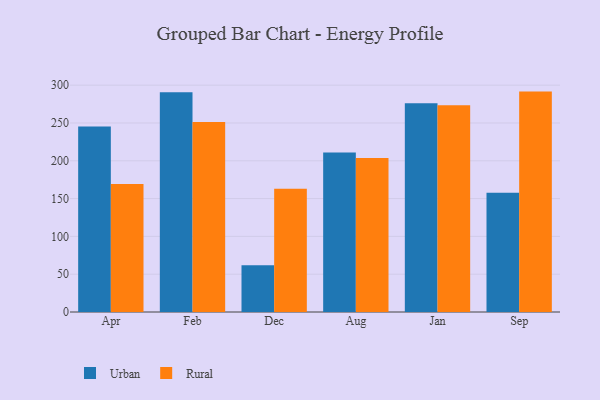
{"axis": {"x": "Month", "y": "Energy Usage (MWh)"}, "legend": ["Rural", "Urban"], "data": [{"x": "Apr", "y": 245.5, "type": "Urban"}, {"x": "Apr", "y": 169.3, "type": "Rural"}, {"x": "Feb", "y": 290.5, "type": "Urban"}, {"x": "Feb", "y": 251.3, "type": "Rural"}, {"x": "Dec", "y": 61.7, "type": "Urban"}, {"x": "Dec", "y": 162.9, "type": "Rural"}, {"x": "Aug", "y": 211.1, "type": "Urban"}, {"x": "Aug", "y": 203.8, "type": "Rural"}, {"x": "Jan", "y": 276.0, "type": "Urban"}, {"x": "Jan", "y": 273.3, "type": "Rural"}, {"x": "Sep", "y": 157.8, "type": "Urban"}, {"x": "Sep", "y": 291.5, "type": "Rural"}]}